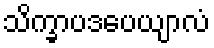
သိက္ခာပဒပေယျာလံ